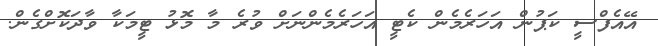
އޭއެފްސީ ކަޕުން އަހަރެމެން ކެޓީ އަހަރެމެންނަށް ވުރެ މާ މޮޅު ޓީމަކާ ވާދަކޮށްގެން.